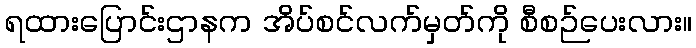
ရထားပြောင်းဌာနက အိပ်စင်လက်မှတ်ကို စီစဉ်ပေးလား။